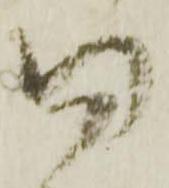
同